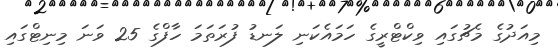
މިއަދުގެ މެޗުގައި ވިކްޓްރީގެ ހަމައެކަނި ލަނޑު ފުރަތަމަ ހާފްގެ 25 ވަނަ މިނިޓްގައި